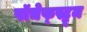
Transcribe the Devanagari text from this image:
पॉचेफ्स्ट्रूम